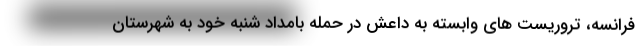
فرانسه، تروریست های وابسته به داعش در حمله بامداد شنبه خود به شهرستان